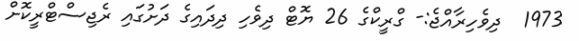
1973  ދިވެހިރާއްޖެ:- ގްރީކްގެ 26 ޔޮޓް ދިވެހި ދިދައިގެ ދަށުގައި ރެޖިސްޓްރީކޮށް